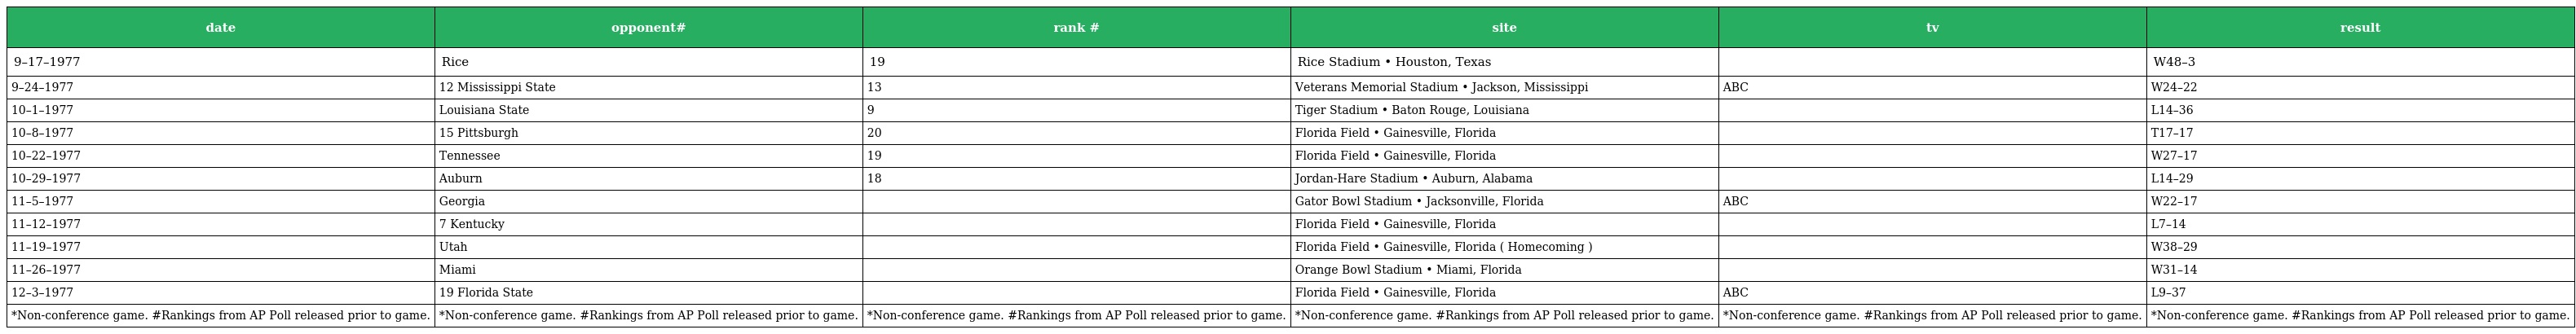
| date | opponent# | rank # | site | tv | result |
 | --- | --- | --- | --- | --- | --- |
 | 9–17–1977 | Rice | 19 | Rice Stadium • Houston, Texas |  | W48–3 |
 | 9–24–1977 | 12 Mississippi State | 13 | Veterans Memorial Stadium • Jackson, Mississippi | ABC | W24–22 |
 | 10–1–1977 | Louisiana State | 9 | Tiger Stadium • Baton Rouge, Louisiana |  | L14–36 |
 | 10–8–1977 | 15 Pittsburgh | 20 | Florida Field • Gainesville, Florida |  | T17–17 |
 | 10–22–1977 | Tennessee | 19 | Florida Field • Gainesville, Florida |  | W27–17 |
 | 10–29–1977 | Auburn | 18 | Jordan-Hare Stadium • Auburn, Alabama |  | L14–29 |
 | 11–5–1977 | Georgia |  | Gator Bowl Stadium • Jacksonville, Florida | ABC | W22–17 |
 | 11–12–1977 | 7 Kentucky |  | Florida Field • Gainesville, Florida |  | L7–14 |
 | 11–19–1977 | Utah |  | Florida Field • Gainesville, Florida ( Homecoming ) |  | W38–29 |
 | 11–26–1977 | Miami |  | Orange Bowl Stadium • Miami, Florida |  | W31–14 |
 | 12–3–1977 | 19 Florida State |  | Florida Field • Gainesville, Florida | ABC | L9–37 |
 | *Non-conference game. #Rankings from AP Poll released prior to game. | *Non-conference game. #Rankings from AP Poll released prior to game. | *Non-conference game. #Rankings from AP Poll released prior to game. | *Non-conference game. #Rankings from AP Poll released prior to game. | *Non-conference game. #Rankings from AP Poll released prior to game. | *Non-conference game. #Rankings from AP Poll released prior to game. |